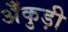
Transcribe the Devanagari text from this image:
अँकुड़ी